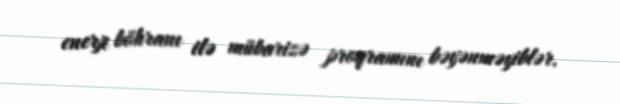
enerji böhranı ilə mübarizə proqramını bəyənməyiblər.